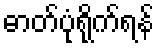
ဓာတ်ပုံရိုက်ရန်